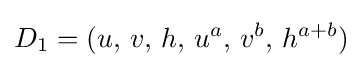
D_{1}=(u,\,v,\,h,\,u^{a},\,v^{b},\,h^{a+b})